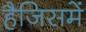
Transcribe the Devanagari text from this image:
हैजिसमें